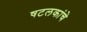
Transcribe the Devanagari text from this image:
षटलकांचे